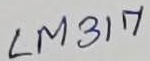
Text: LM317